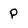
Character: P